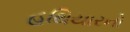
હથિયારનો